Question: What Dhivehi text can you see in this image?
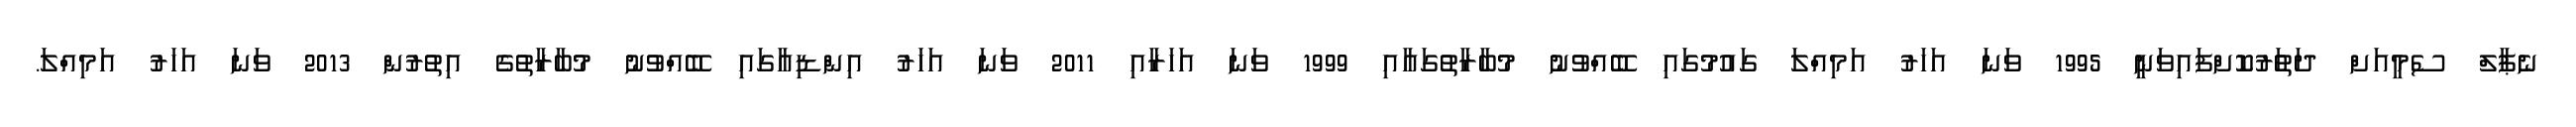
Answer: ނެޕާލް ސެމީއަށް ދަތަުރުކޮށްފައިވަނީ 1995 ވަނަ އަހަރު އަމިއްލަ ގައުމުގައި ބޭއްވުނު މުބާރާތުގައާއި 1999 ވަނަ އަހަރާއި 2011 ވަނަ އަހަރު އިންޑިއާގައި ބޭއްވުނު މުބާރާތުގެ އިތުރުން 2013 ވަނަ އަހަރު އަމިއްލަ.